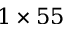
1 \times 5 5